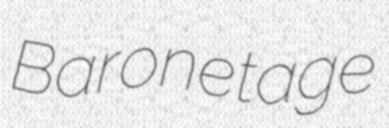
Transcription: Baronetage